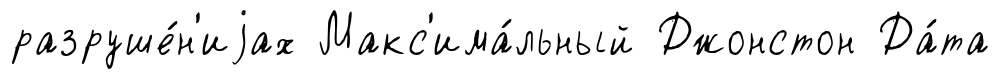
разруше́н'иjах Макс'има́льный Джонстон Да́та